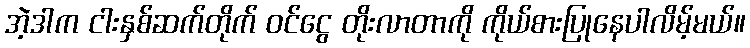
အဲ့ဒါက ငါးနှစ်ဆက်တိုက် ဝင်ငွေ တိုးလာတာကို ကိုယ်စားပြုနေပါလိမ့်မယ်။